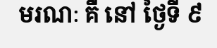
មរណៈ គឺ នៅ ថ្ងៃទី ៩